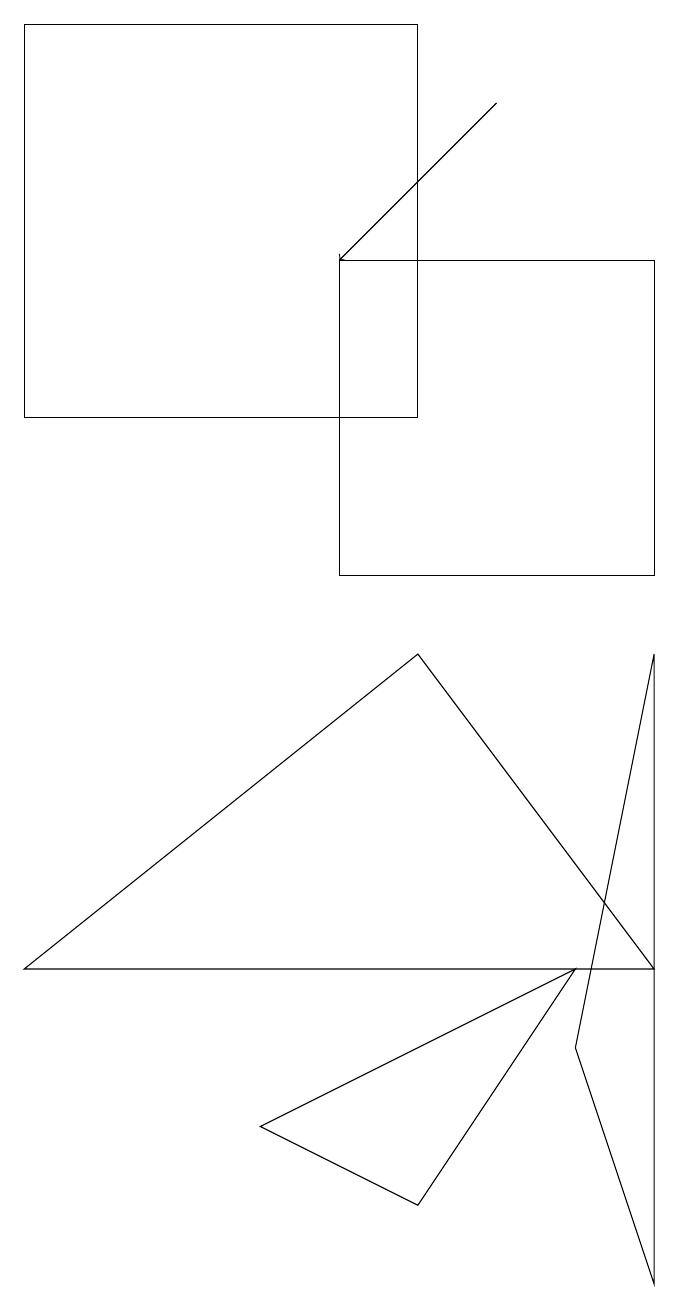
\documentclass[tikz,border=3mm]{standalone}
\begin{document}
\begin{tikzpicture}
\draw (0,5) -- (5,9) -- (8,5) -- cycle;
\draw (4,14) rectangle (8,10);
\draw (8,1) -- (8,9) -- (7,4) -- cycle;
\draw[->] (6,16) -- (4,14);
\draw (5,17) rectangle (0,12);
\draw (3,3) -- (5,2) -- (7,5) -- cycle;
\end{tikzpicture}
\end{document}